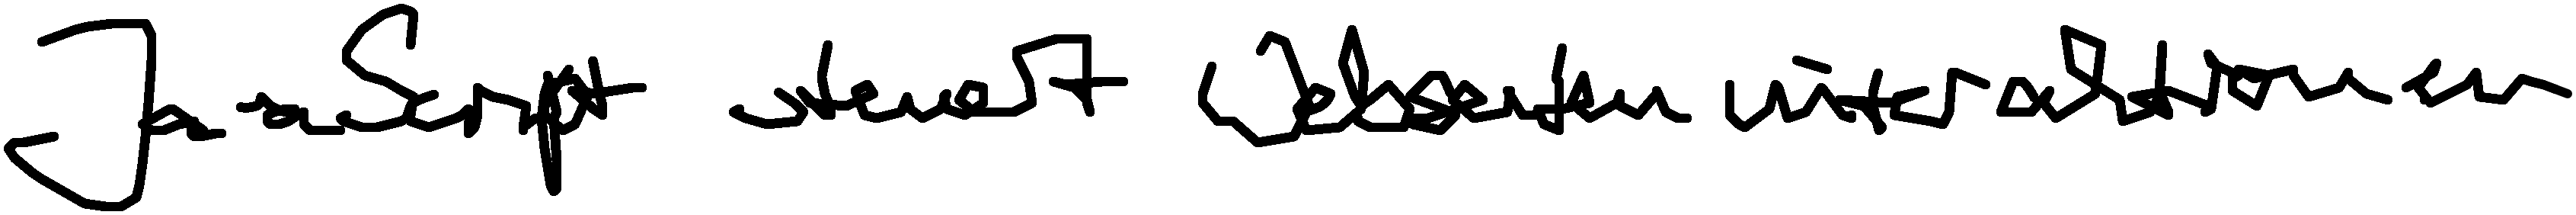
JavaScript steuert Webseiteninteraktionen.